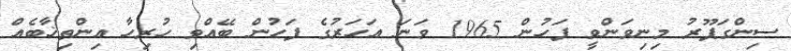
ސިންގަޕޫރު މިނިވަންވީ ފަހުން 1965 ވަަނަ އަހަރުގެ ފަހުން ބޭއްވި ހުރިހާ އިންތިޚާބެއް